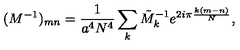
( M ^ { - 1 } ) _ { m n } = \frac { 1 } { a ^ { 4 } N ^ { 4 } } \sum _ { k } \tilde { M } _ { k } ^ { - 1 } e ^ { 2 i { \pi } \frac { k ( m - n ) } { N } } ,